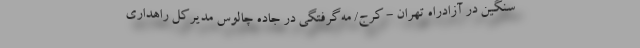
سنگین در آزادراه تهران - کرج/ مه‌گرفتگی در جاده چالوس مدیرکل راهداری